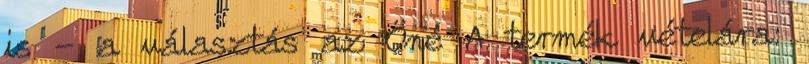
is - a választás az Öné A termék vételára: